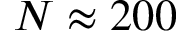
N \approx 2 0 0